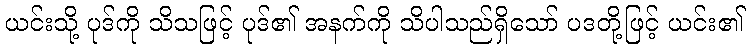
ယင်းသို့ ပုဒ်ကို သိသဖြင့် ပုဒ်၏ အနက်ကို သိပါသည်ရှိသော် ပဒတို့ဖြင့် ယင်း၏